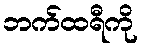
ဘက်ထရီကို